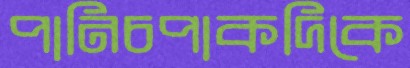
পানিচপাকদিকে